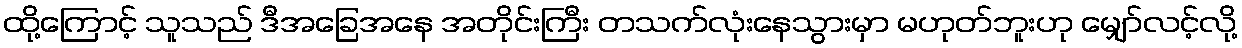
ထို့ကြောင့် သူသည် ဒီအခြေအနေ အတိုင်းကြီး တသက်လုံးနေသွားမှာ မဟုတ်ဘူးဟု မျှော်လင့်လို့